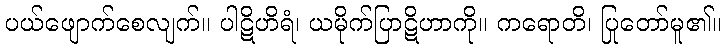
ပယ်ဖျောက်စေလျက်။ ပါဋိဟိရံ၊ ယမိုက်ပြာဋိဟာကို။ ကရောတိ၊ ပြုတော်မူ၏။